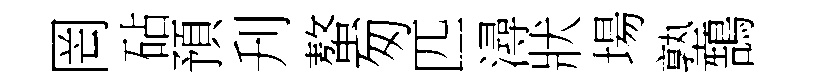
罔砧預刋螯匆匹潯狀場塾鵠